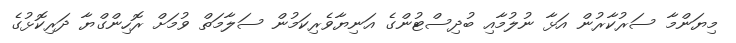
މިޔަންމާ ސަރުކާރުން އަޅާ ނުލުމާއި ބުދިސްޓުންގެ އަނިޔާވެރިކަމުން ސަލާމަތް ވުމަށް ރޮހިންގްޔާ ދަރިކޮޅުގެ